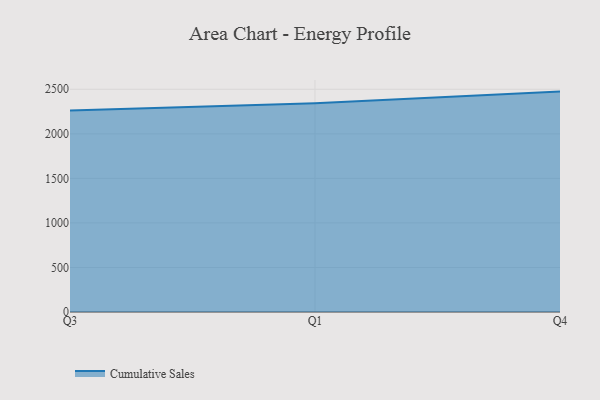
{"axis": {"x": "Quarter", "y": "Active Users"}, "legend": ["Cumulative Sales"], "data": [{"x": "Q3", "y": 2261.8, "type": "Cumulative Sales"}, {"x": "Q1", "y": 2342.6, "type": "Cumulative Sales"}, {"x": "Q4", "y": 2474.0, "type": "Cumulative Sales"}]}